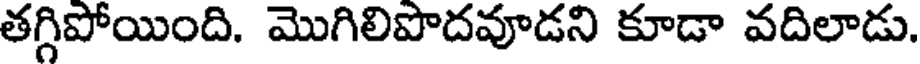
తగ్గిపోయింది. మొగిలిపొదవూడని కూడా వదిలాడు.